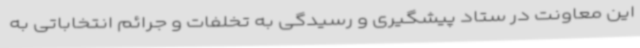
این معاونت در ستاد پیشگیری و رسیدگی به تخلفات و جرائم انتخاباتی به